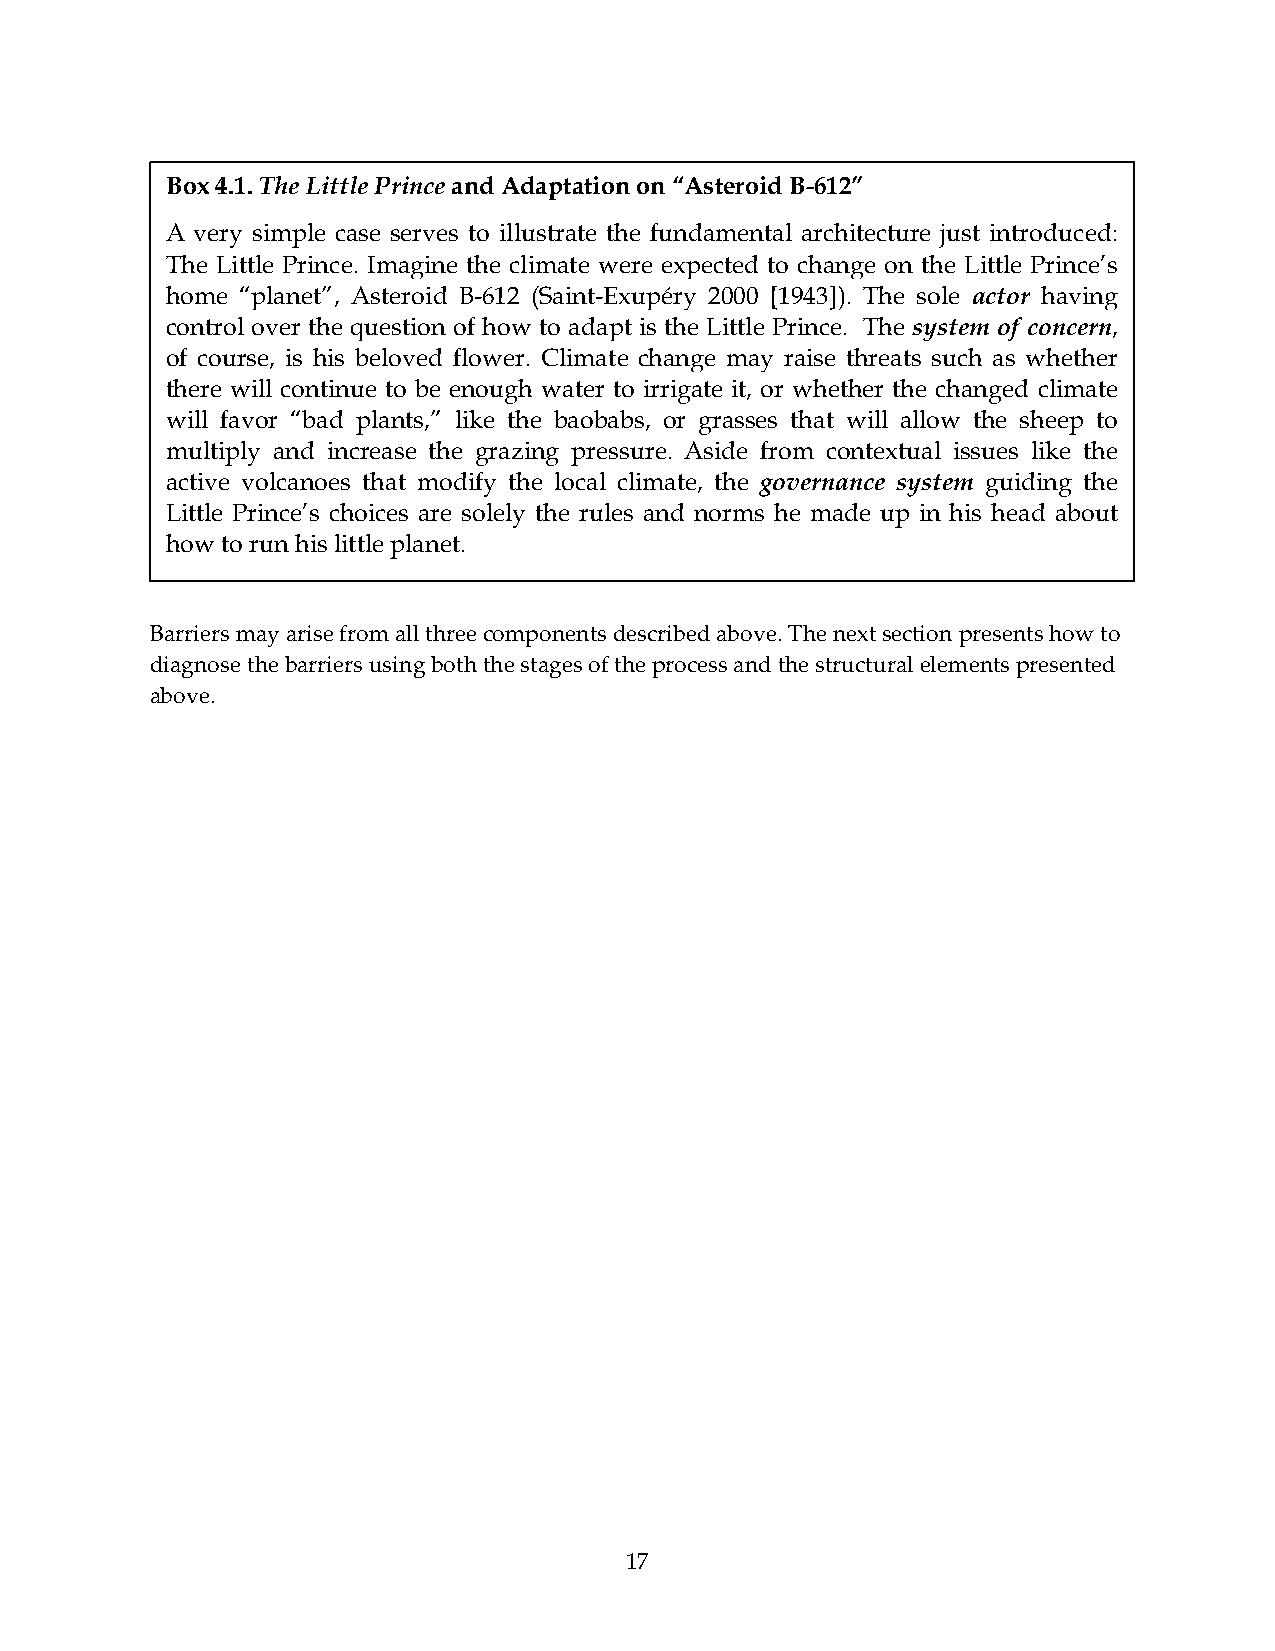
Box 4.1. The Little Prince and Adaptation on “Asteroid B-612”
 A very simple case serves to illustrate the fundamental architecture just introduced:
 Th e Little Prince. Imagine the climate were expected to change on the Little Prince’s
 ho me “planet”, Asteroid B-612 (Saint-Exupéry 2000 [1943]). The sole actor having
 co ntrol over the question of how to adapt is the Little Prince. The system of concern,
 of course, is his beloved flower. Climate change may raise threats such as whether
 th ere will continue to be enough water to irrigate it, or whether the changed climate
 wi ll favor “bad plants,” like the baobabs, or grasses that will allow the sheep to
 m ultiply and increase the grazing pressure. Aside from contextual issues like the
 ac tive volcanoes that modify the local climate, the governance system guiding the
 Li ttle Prince’s choices are solely the rules and norms he made up in his head about
 ho w to run his little planet.
 Barriers may arise from all three components described above. The next section presents how to
 diagnose the barriers using both the stages of the process and the structural elements presented
 above.
 17